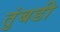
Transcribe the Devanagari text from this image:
तुंबडी